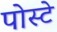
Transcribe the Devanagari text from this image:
पोस्टे